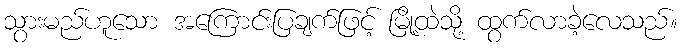
သွားမည်ဟူသော အကြောင်းပြချက်ဖြင့် မြို့ထဲသို့ ထွက်လာခဲ့လေသည်။